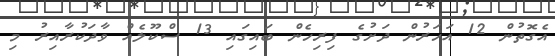
އެގޮތުން 12 އަހަރުން ދަށުގެ ފިރިހެން ބައިގައި 13 ސްކޫލެއް ވާދަކުރާއިރު މި